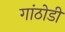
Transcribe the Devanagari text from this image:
गांठोडी